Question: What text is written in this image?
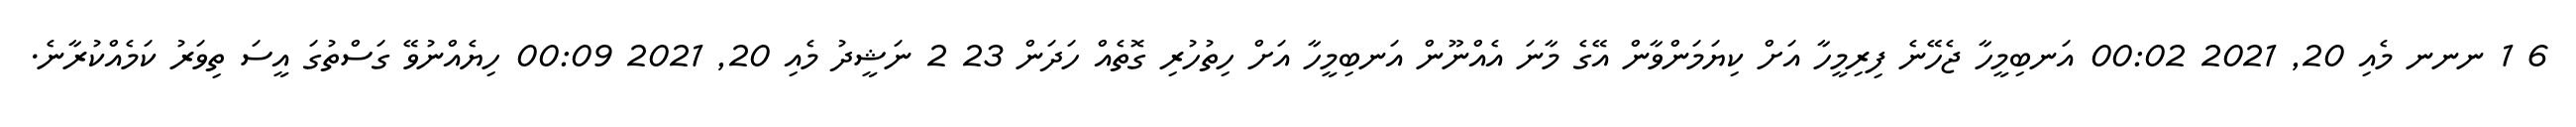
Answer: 6 1 ނނނ މެއި 20, 2021 00:02 އަނބިމީހާ ޖެހޭނެ ފިރިމީހާ އަށް ކިޔަމަންވާން އޭގެ މާނަ އެއްނޫން އަނބިމީހާ އަށް ހިތުހުރި ގޮތެއް ހަދަން 23 2 ނަޝީދު މެއި 20, 2021 00:09 ހިޔެއްނުވޭ ގަސްތުގަ އީސަ ތިވަރު ކަމެއްކުރާނެ.